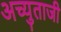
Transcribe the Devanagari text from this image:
अच्युताजी